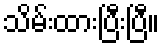
သိမ်းထားပြီးပြီ။